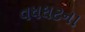
વધઘટના